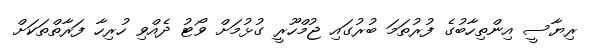
ރިޔާސީ އިންތިހާބުގެ ފުރުތަމަ ބުރުގައި ޖުމްހޫރީ ގުޅުމަށް ވޯޓު ދެއްވި ހުރިހާ ފަރާތްތަކަށް